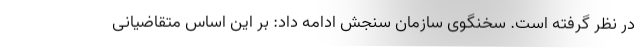
در نظر گرفته است. سخنگوی سازمان سنجش ادامه داد: بر این اساس متقاضیانی